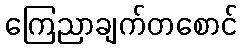
ကြေညာချက်တစောင်